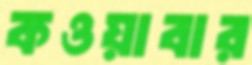
কওয়াবার